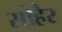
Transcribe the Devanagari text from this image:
सोहैर